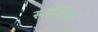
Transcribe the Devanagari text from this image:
स्वर्शिया